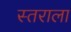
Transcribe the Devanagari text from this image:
स्तराला